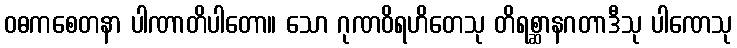
ဝဓကစေတနာ ပါဏာတိပါတော။ သော ဂုဏဝိရဟိတေသု တိရစ္ဆာနဂတာဒီသု ပါဏေသု